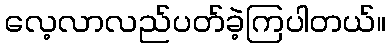
လေ့လာလည်ပတ်ခဲ့ကြပါတယ်။